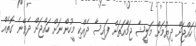
ހައްޖަށް ދިޔުމަށް މަލީޝާ ޖަމާއަތަށް ފައިސާ ދެއްކި މީހުންނަށް ހައްޖަށް ދެވޭނެ ގޮތެއް